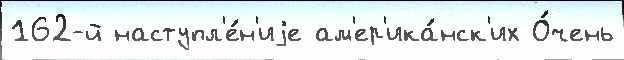
162-й наступл'е́н'иjе ам'ер'ика́нск'их О́чень